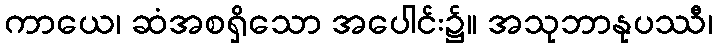
ကာယေ၊ ဆံအစရှိသော အပေါင်း၌။ အသုဘာနုပဿီ၊